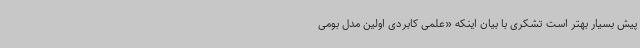
پیش بسیار بهتر است تشکری با بیان اینکه «علمی کابردی اولین مدل بومی